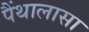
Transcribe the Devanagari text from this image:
पैंथालासा